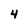
Character: 4